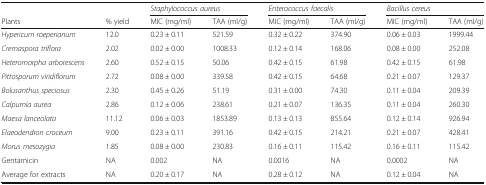
|  |  | <COLSPAN=2> Staphylococcus aureus | <COLSPAN=2> Enterococcus faecalis | <COLSPAN=2> Bacillus cereus |
 | Plants | % yield | MIC (mg/ml) | TAA (ml/g) | MIC (mg/ml) | TAA (ml/g) | MIC (mg/ml) | TAA (ml/g) |
 | --- | --- | --- | --- | --- | --- | --- | --- |
 | Hypericum roeperianum | 12.0 | 0.23 ± 0.11 | 521.59 | 0.32 ± 0.22 | 374.90 | 0.06 ± 0.03 | 1999.44 |
 | Cremaspora triflora | 2.02 | 0.02 ± 0.00 | 1008.33 | 0.12 ± 0.14 | 168.06 | 0.08 ± 0.00 | 252.08 |
 | Heteromorpha arborescens | 2.60 | 0.52 ± 0.15 | 50.06 | 0.42 ± 0.15 | 61.98 | 0.42 ± 0.15 | 61.98 |
 | Pittosporum viridiflorum | 2.72 | 0.08 ± 0.00 | 339.58 | 0.42 ± 0.15 | 64.68 | 0.21 ± 0.07 | 129.37 |
 | Bolusanthus speciosus | 2.30 | 0.45 ± 0.26 | 51.19 | 0.31 ± 0.00 | 74.30 | 0.11 ± 0.04 | 209.39 |
 | Calpurnia aurea | 2.86 | 0.12 ± 0.06 | 238.61 | 0.21 ± 0.07 | 136.35 | 0.11 ± 0.04 | 260.30 |
 | Maesa lanceolata | 11.12 | 0.06 ± 0.03 | 1853.89 | 0.13 ± 0.13 | 855.64 | 0.12 ± 0.14 | 926.94 |
 | Elaeodendron croceum | 9.00 | 0.23 ± 0.11 | 391.16 | 0.42 ± 0.15 | 214.21 | 0.21 ± 0.07 | 428.41 |
 | Morus mesozygia | 1.85 | 0.08 ± 0.00 | 230.83 | 0.16 ± 0.11 | 115.42 | 0.16 ± 0.11 | 115.42 |
 | Gentamicin | NA | 0.002 | NA | 0.0016 | NA | 0.0002 | NA |
 | Average for extracts | NA | 0.20 ± 0.17 | NA | 0.28 ± 0.12 | NA | 0.12 ± 0.04 | NA |